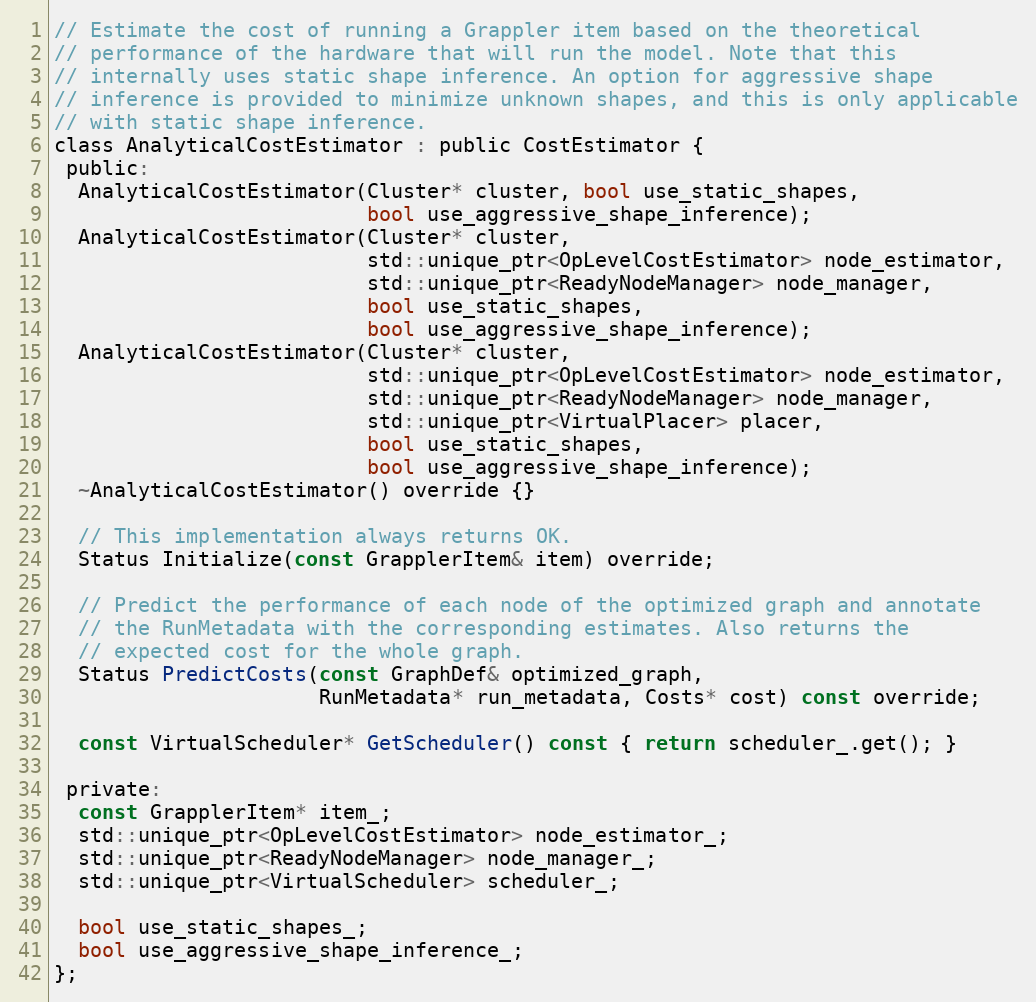
Language: C
// Estimate the cost of running a Grappler item based on the theoretical
// performance of the hardware that will run the model. Note that this
// internally uses static shape inference. An option for aggressive shape
// inference is provided to minimize unknown shapes, and this is only applicable
// with static shape inference.
class AnalyticalCostEstimator : public CostEstimator {
 public:
  AnalyticalCostEstimator(Cluster* cluster, bool use_static_shapes,
                          bool use_aggressive_shape_inference);
  AnalyticalCostEstimator(Cluster* cluster,
                          std::unique_ptr<OpLevelCostEstimator> node_estimator,
                          std::unique_ptr<ReadyNodeManager> node_manager,
                          bool use_static_shapes,
                          bool use_aggressive_shape_inference);
  AnalyticalCostEstimator(Cluster* cluster,
                          std::unique_ptr<OpLevelCostEstimator> node_estimator,
                          std::unique_ptr<ReadyNodeManager> node_manager,
                          std::unique_ptr<VirtualPlacer> placer,
                          bool use_static_shapes,
                          bool use_aggressive_shape_inference);
  ~AnalyticalCostEstimator() override {}

  // This implementation always returns OK.
  Status Initialize(const GrapplerItem& item) override;

  // Predict the performance of each node of the optimized graph and annotate
  // the RunMetadata with the corresponding estimates. Also returns the
  // expected cost for the whole graph.
  Status PredictCosts(const GraphDef& optimized_graph,
                      RunMetadata* run_metadata, Costs* cost) const override;

  const VirtualScheduler* GetScheduler() const { return scheduler_.get(); }

 private:
  const GrapplerItem* item_;
  std::unique_ptr<OpLevelCostEstimator> node_estimator_;
  std::unique_ptr<ReadyNodeManager> node_manager_;
  std::unique_ptr<VirtualScheduler> scheduler_;

  bool use_static_shapes_;
  bool use_aggressive_shape_inference_;
};